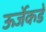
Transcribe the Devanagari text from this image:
ऊर्जेकडे